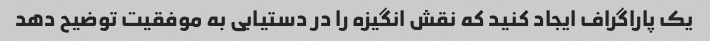
یک پاراگراف ایجاد کنید که نقش انگیزه را در دستیابی به موفقیت توضیح دهد